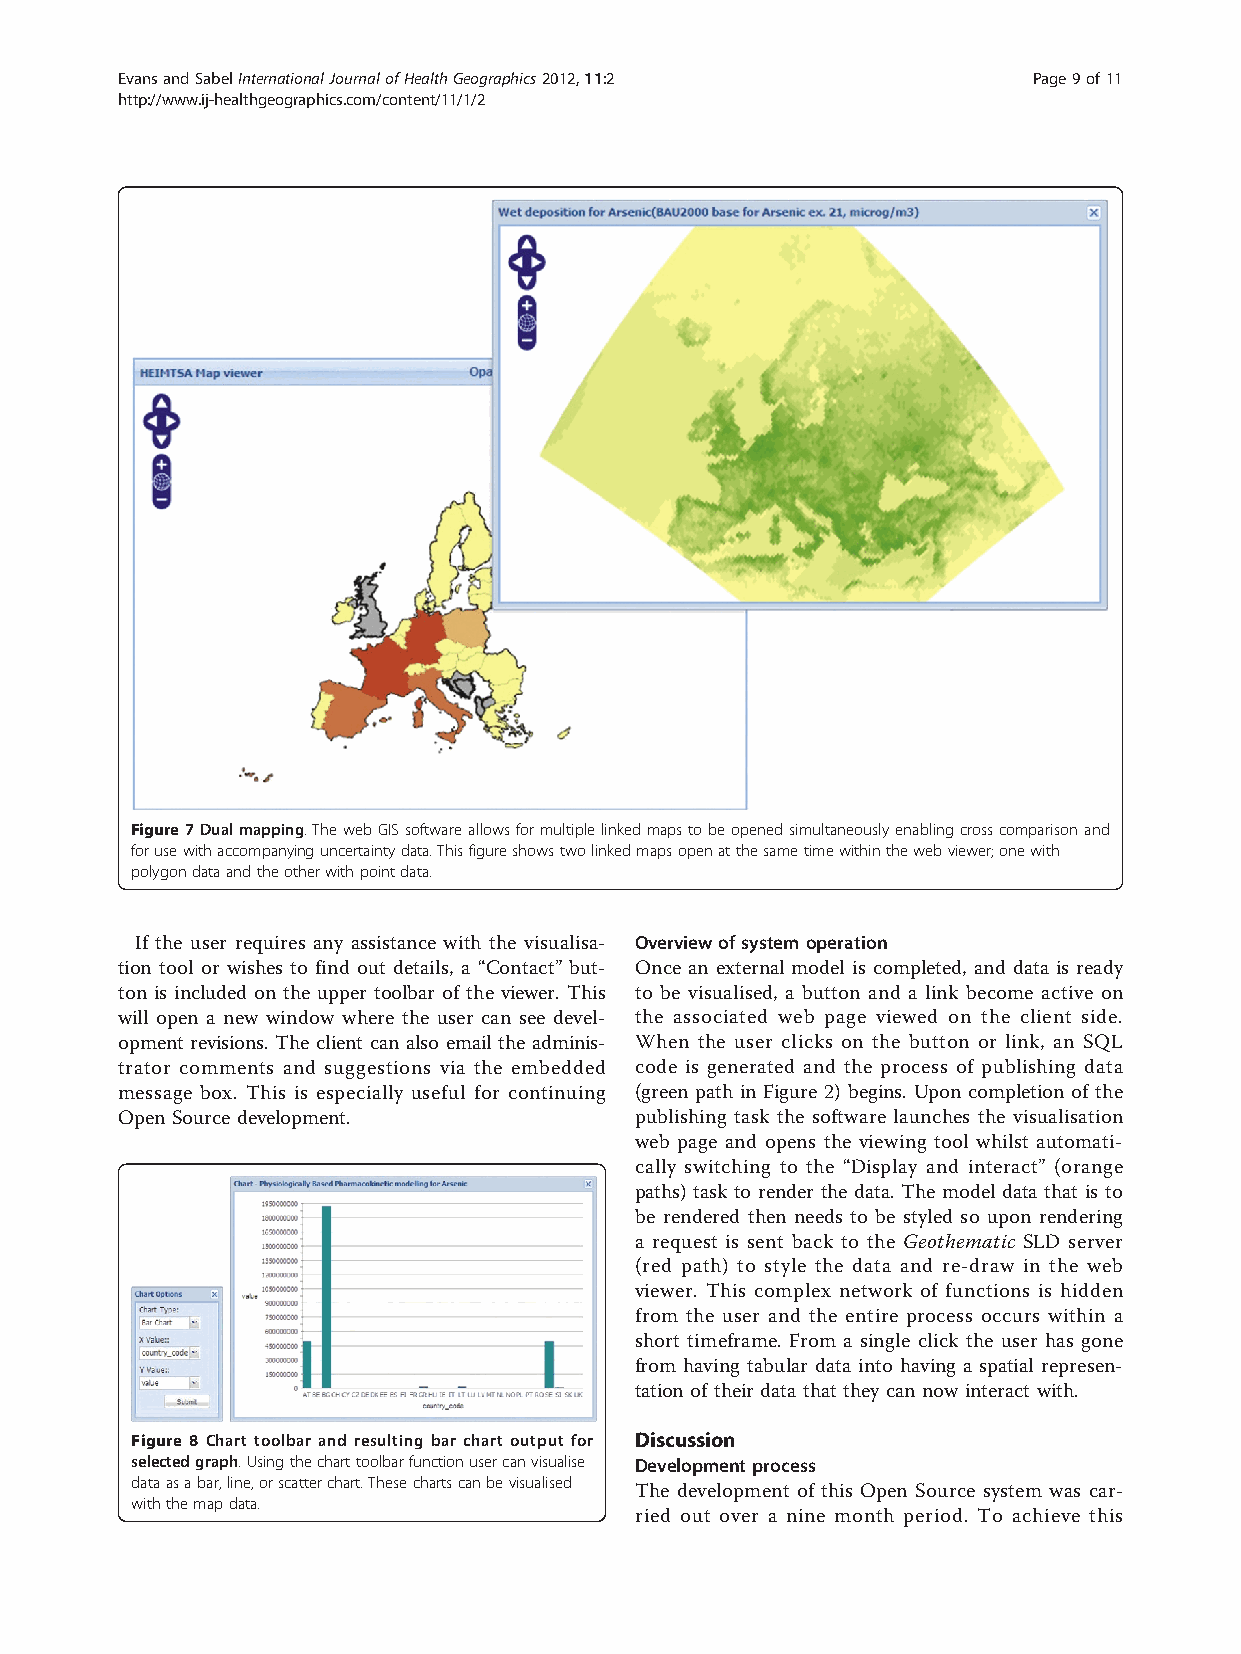
EvansandSabelInternationalJournalofHealthGeographics2012,11:2 Page9of11
 http://www.ij-healthgeographics.com/content/11/1/2
 Figure7Dualmapping.ThewebGISsoftwareallowsformultiplelinkedmapstobeopenedsimultaneouslyenablingcrosscomparisonand
 forusewithaccompanyinguncertaintydata.Thisfigureshowstwolinkedmapsopenatthesametimewithinthewebviewer;onewith
 polygondataandtheotherwithpointdata.
 If the user requires any assistance with the visualisa- Overview of system operation
 tion tool or wishes to find out details, a “Contact” but- Once an external model is completed, and data is ready
 ton is included on the upper toolbar of the viewer. This to be visualised, a button and a link become active on
 will open a new window where the user can see devel- the associated web page viewed on the client side.
 opment revisions. The client can also email the adminis- When the user clicks on the button or link, an SQL
 trator comments and suggestions via the embedded code is generated and the process of publishing data
 message box. This is especially useful for continuing (green path in Figure 2) begins. Upon completion of the
 Open Source development.          publishing task the software launches the visualisation
 web page and opens the viewing tool whilst automati-
 cally switching to the “Display and interact” (orange
 paths) task to render the data. The model data that is to
 be rendered then needs to be styled so upon rendering
 a request is sent back to the Geothematic SLD server
 (red path) to style the data and re-draw in the web
 viewer. This complex network of functions is hidden
 from the user and the entire process occurs within a
 short timeframe. From a single click the user has gone
 from having tabular data into having a spatial represen-
 tation of their data that they can now interact with.
 Figure 8 Chart toolbar and resulting bar chart output for Discussion
 selectedgraph.Usingthecharttoolbarfunctionusercanvisualise Development process
 dataasabar,line,orscatterchart.Thesechartscanbevisualised
 The development of this Open Source system was car-
 withthemapdata.
 ried out over a nine month period. To achieve this